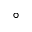
^ { \circ }